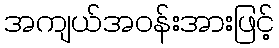
အကျယ်အဝန်းအားဖြင့်